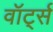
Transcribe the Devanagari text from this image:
वॉर्ट्स